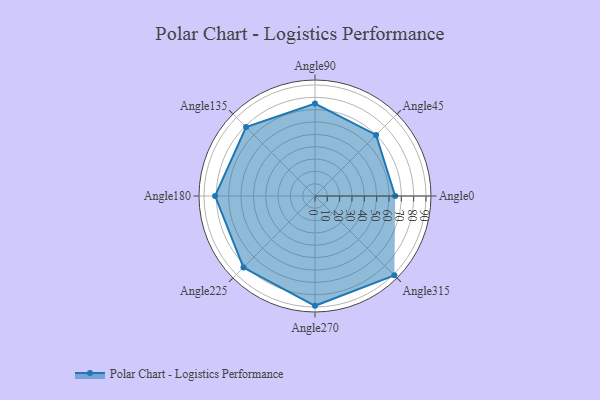
{"axis": {"x": "Angle", "y": "Radius"}, "legend": [""], "data": [{"x": "Angle0", "y": 65.0, "type": ""}, {"x": "Angle45", "y": 70.0, "type": ""}, {"x": "Angle90", "y": 75.0, "type": ""}, {"x": "Angle135", "y": 79.0, "type": ""}, {"x": "Angle180", "y": 81.0, "type": ""}, {"x": "Angle225", "y": 82.0, "type": ""}, {"x": "Angle270", "y": 89.0, "type": ""}, {"x": "Angle315", "y": 91.0, "type": ""}]}